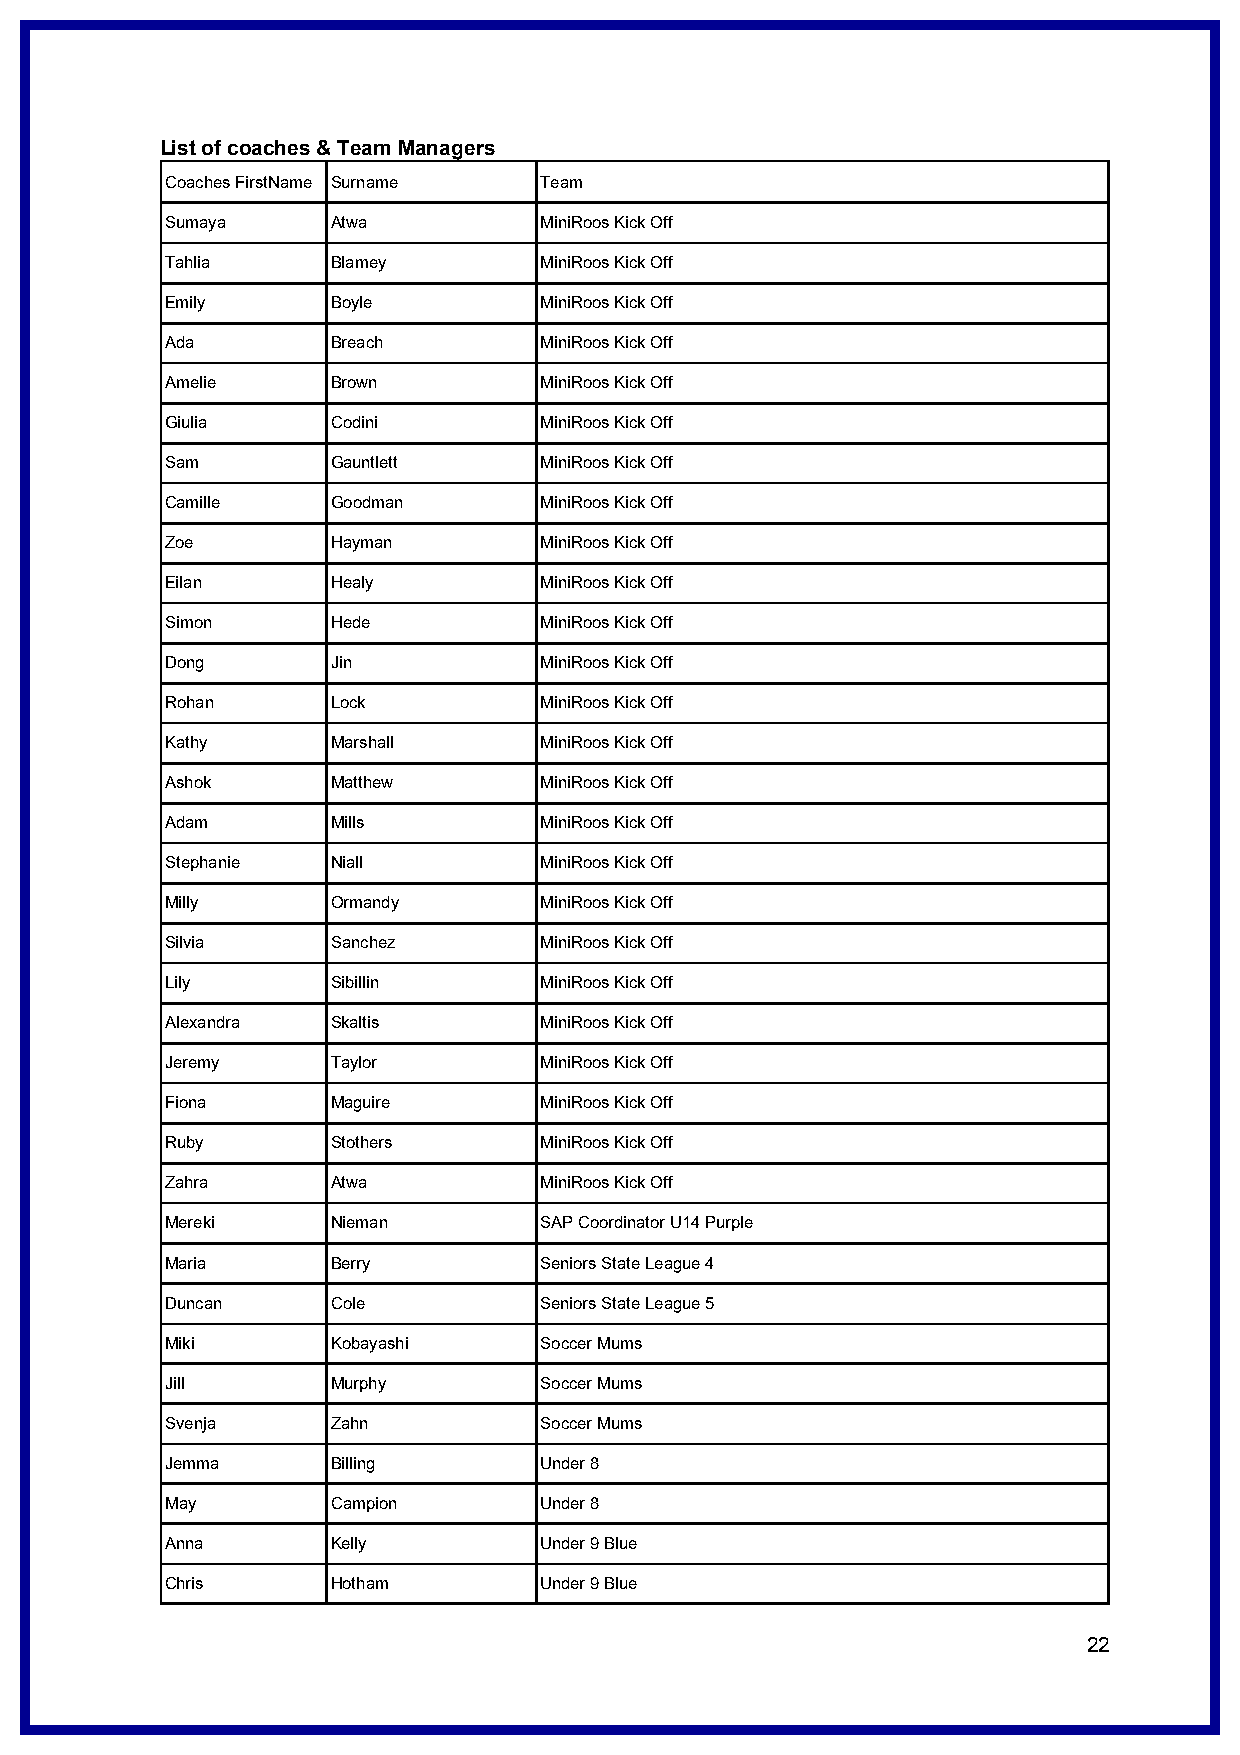
List of coaches & Team Managers
 Coaches FirstName Surname Team
 Sumaya     Atwa          MiniRoos Kick Off
 Tahlia     Blamey        MiniRoos Kick Off
 Emily      Boyle         MiniRoos Kick Off
 Ada        Breach        MiniRoos Kick Off
 Amelie     Brown         MiniRoos Kick Off
 Giulia     Codini        MiniRoos Kick Off
 Sam        Gauntlett     MiniRoos Kick Off
 Camille    Goodman       MiniRoos Kick Off
 Zoe        Hayman        MiniRoos Kick Off
 Eilan      Healy         MiniRoos Kick Off
 Simon      Hede          MiniRoos Kick Off
 Dong       Jin           MiniRoos Kick Off
 Rohan      Lock          MiniRoos Kick Off
 Kathy      Marshall      MiniRoos Kick Off
 Ashok      Matthew       MiniRoos Kick Off
 Adam       Mills         MiniRoos Kick Off
 Stephanie  Niall         MiniRoos Kick Off
 Milly      Ormandy       MiniRoos Kick Off
 Silvia     Sanchez       MiniRoos Kick Off
 Lily       Sibillin      MiniRoos Kick Off
 Alexandra  Skaltis       MiniRoos Kick Off
 Jeremy     Taylor        MiniRoos Kick Off
 Fiona      Maguire       MiniRoos Kick Off
 Ruby       Stothers      MiniRoos Kick Off
 Zahra      Atwa          MiniRoos Kick Off
 Mereki     Nieman        SAP Coordinator U14 Purple
 Maria      Berry         Seniors State League 4
 Duncan     Cole          Seniors State League 5
 Miki       Kobayashi     Soccer Mums
 Jill       Murphy        Soccer Mums
 Svenja     Zahn          Soccer Mums
 Jemma      Billing       Under 8
 May        Campion       Under 8
 Anna       Kelly         Under 9 Blue
 Chris      Hotham        Under 9 Blue
 22